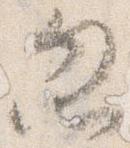
忽